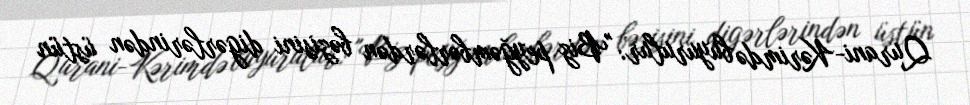
Qurani-Kərimdə buyurulur: "Biz peyğəmbərlərdən bəzisini digərlərindən üstün